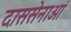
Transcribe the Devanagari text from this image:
दाससेनाओं